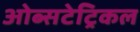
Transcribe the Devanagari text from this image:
ओब्सटेट्रिकल